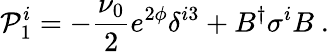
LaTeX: {\cal P}_{1}^{i}=-\frac{\nu_{0}}{2}e^{2\phi}\delta^{i3}+B^{\dagger}\sigma^{i}B\ .